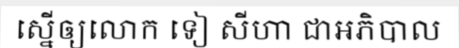
ស្នើឲ្យលោក ទៀ សីហា ជាអភិបាល